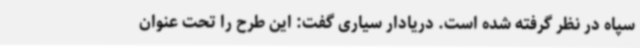
سپاه در نظر گرفته شده است. دریادار سیاری گفت: این طرح را تحت عنوان